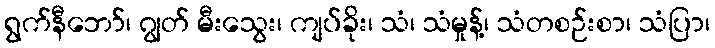
ရွက်နီဘော်၊ ဂျွတ် မီးသွေး၊ ကျပ်ခိုး၊ သံ၊ သံမှုန့်၊ သံတစဉ်းစာ၊ သံပြာ၊